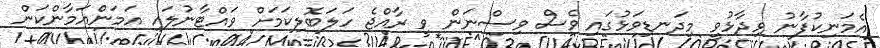
އެމަނިކުފާނު ވިދާޅުވީ މިދަނޑިވަޅުގައި ވެސް ވިސްނަން ވީ ރާއްޖެ ހަލަބޮލިކަމަށް ވައްޓާނުލައި އަމަންއަމާންކަން